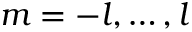
m = - l , \ldots , l